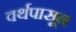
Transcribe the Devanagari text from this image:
वर्थपासून